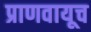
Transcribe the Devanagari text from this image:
प्राणवायूच